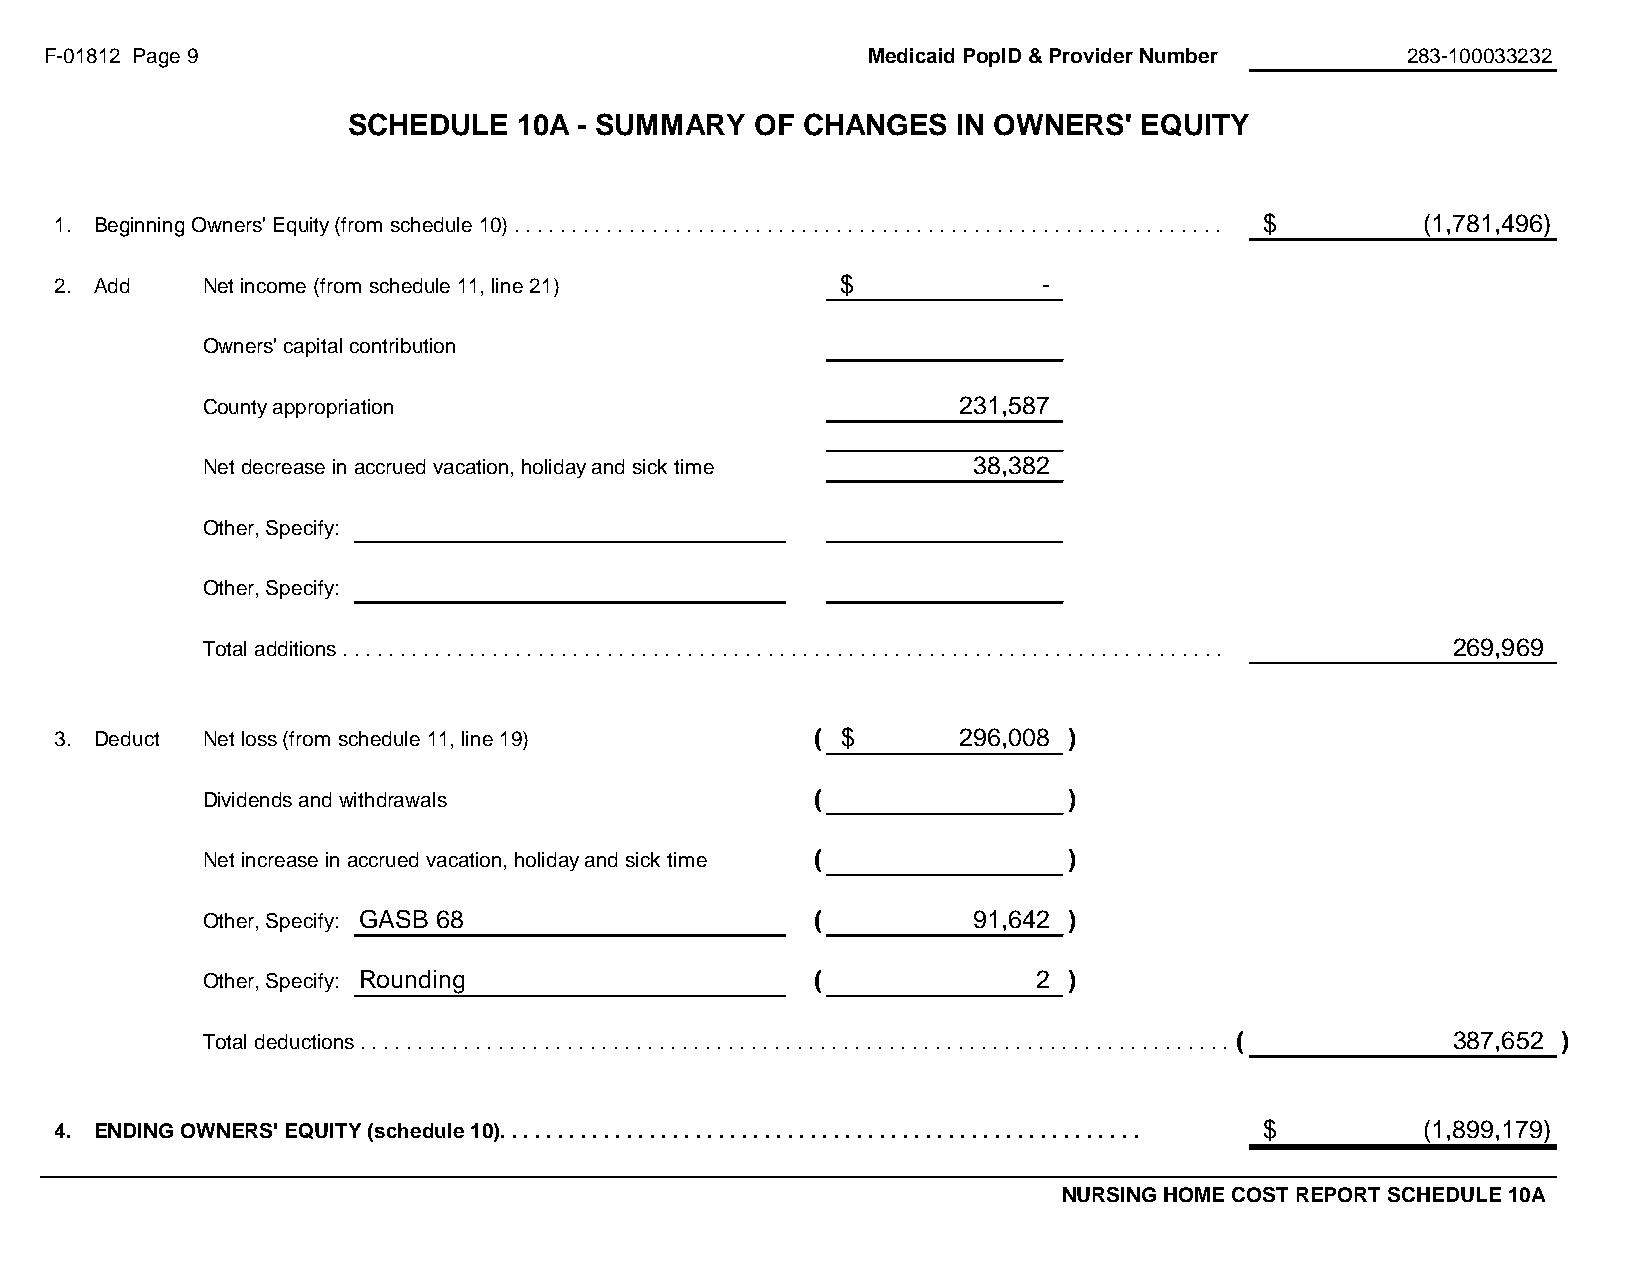
F-01812 Page 9                                        Medicaid PopID & Provider Number    283-100033232
 SCHEDULE   10A - SUMMARY   OF CHANGES   IN OWNERS'  EQUITY
 #REF!
 1. Beginning Owners' Equity (from schedule 10) . . . . . . . . . . . . . . . . . . . . . . . . . . . . . . . . . . . . . . . . . . . . . . . . . . . . . . . . . . . . . . . . . .$ . . . . . . . . . . . . . (. 1. ,. 7. 8. 1. ., 4. 9. .6 .) . . . . . . . . .
 2. Add   Net income (from schedule 11, line 21)     $            -
 Owners' capital contribution
 County appropriation                              2 31,587
 Net decrease in accrued vacation, holiday and sick time 3 8,382
 Other, Specify:
 Other, Specify:
 Total additions . . . . . . . . . . . . . . . . . . . . . . . . . . . . . . . . . . . . . . . . . . . . . . . . . . . . . . . . . . . . . . . . . . . . . . . . . . . . . . . . . . . . . . . . . . . . . . . . .2 . 6. 9. ., 9. 6. .9 . . . . . . .
 3. Deduct Net loss (from schedule 11, line 19)    ( $      2 96,008 )
 Dividends and withdrawals                (                )
 Net increase in accrued vacation, holiday and sick time ( )
 Other, Specify: GASB 68                  (         9 1,642 )
 Other, Specify: Rounding                 (              2 )
 Total deductions . . . . . . . . . . . . . . . . . . . . . . . . . . . . . . . . . . . . . . . . . . . . . . . . . . . . . . . . . . . . . . . . . . . . . . . . . . . . .( . . . . . . . . . . . . . . . . . . 3 . .8 .7 . ,.6 .5 . 2. . .) . . . . . .
 4. ENDING OWNERS' EQUITY (schedule 10). . . . . . . . . . . . . . . . . . . . . . . . . . . . . . . . . . . . . . . . . . . . . . . . . . . . . . . . $ ( 1,899,179)
 NURSING HOME COST REPORT SCHEDULE 10A